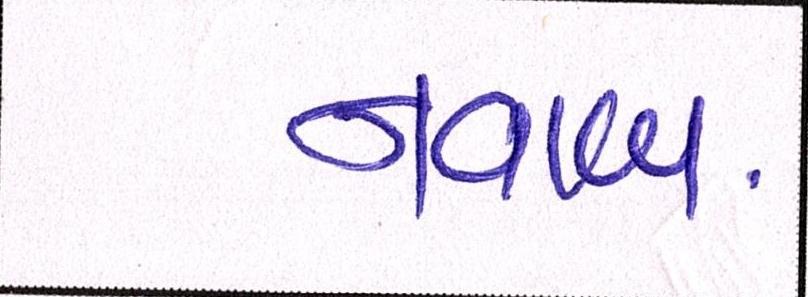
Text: નવાબ